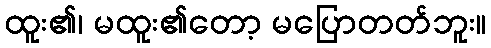
ထူး၏၊ မထူး၏တော့ မပြောတတ်ဘူး။